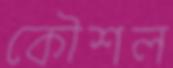
কৌশল